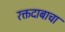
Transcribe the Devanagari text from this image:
रक्तदाबाचा